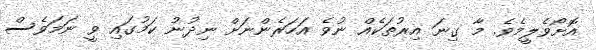
އޮށޯވެލީމެވެ. މާ ގިނަ އިރުތަކެއް ނުވެ އަހަރެންނަށް ނިދުނު ކަމުގައި ވީ ނަމަވެސް